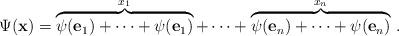
LaTeX: \begin{align*} \Psi(\mathbf{x}) = \overbrace{\psi(\mathbf{e}_1)+ \cdots+\psi(\mathbf{e}_1)}^{x_1} + \cdots + \overbrace{\psi(\mathbf{e}_n)+\cdots +\psi(\mathbf{e}_n)}^{x_n} \,.\end{align*}